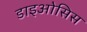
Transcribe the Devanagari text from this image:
डाइओसिस